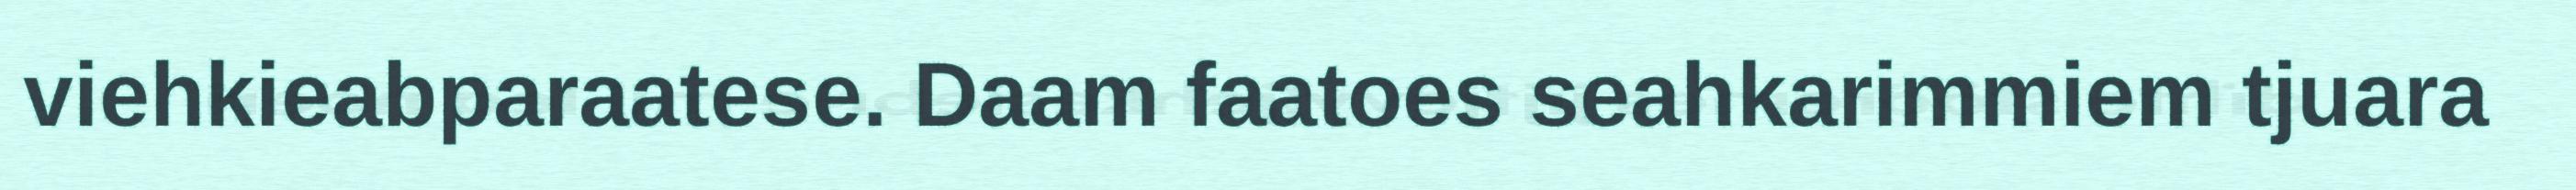
viehkieabparaatese. Daam faatoes seahkarimmiem tjuara